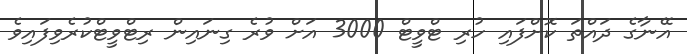
އޭނާގެ ދައްތަ ކޮށްފައި ހުރި ޓްވީޓް 3000 އަށް ވުރެ ގިނައިން ރިޓްވީޓްކުރެވިފައިވެ